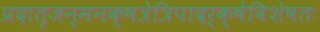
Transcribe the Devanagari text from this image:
प्रदातृजन्मनक्षत्रेत्रिपादर्क्षेविशेषतः